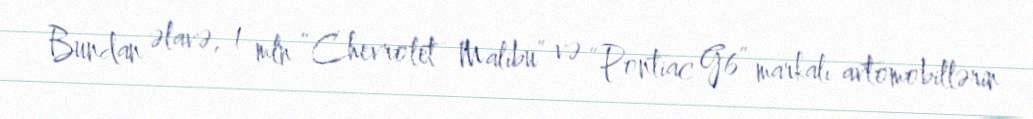
Bundan əlavə, 1 mln “Chevrolet Malibu” və “Pontiaс G6” markalı avtomobillərin